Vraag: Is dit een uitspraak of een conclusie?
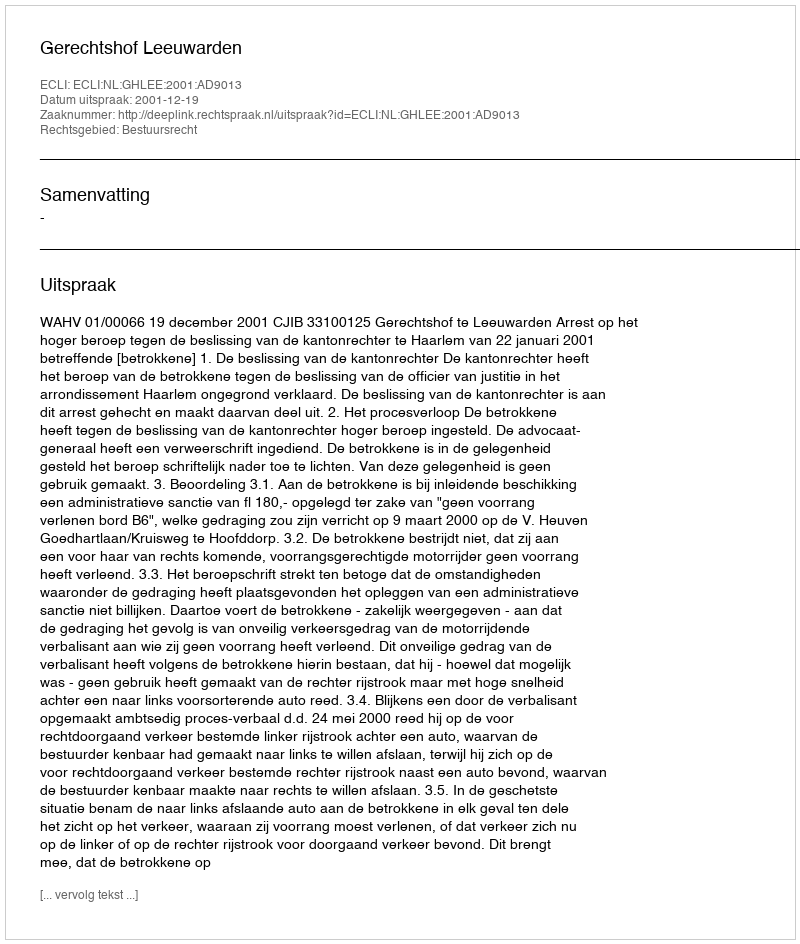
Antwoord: Uitspraak